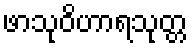
ဖာသုဝိဟာရသုတ္တ